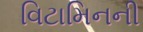
વિટામિનની